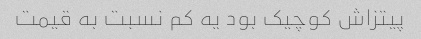
پیتزاش کوچیک بود یه کم نسبت به قیمت